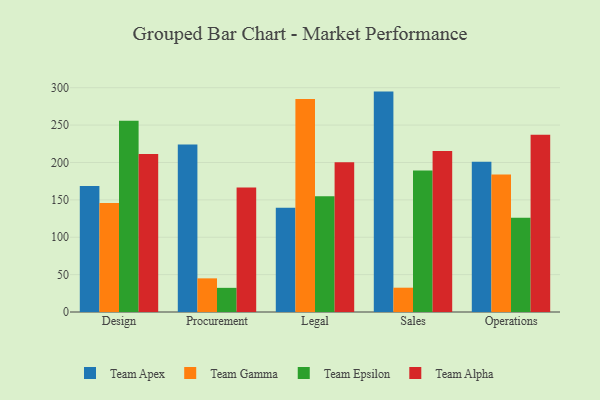
{"axis": {"x": "Department", "y": "Satisfaction Score"}, "legend": ["Team Alpha", "Team Apex", "Team Epsilon", "Team Gamma"], "data": [{"x": "Design", "y": 168.4, "type": "Team Apex"}, {"x": "Design", "y": 145.7, "type": "Team Gamma"}, {"x": "Design", "y": 255.8, "type": "Team Epsilon"}, {"x": "Design", "y": 211.2, "type": "Team Alpha"}, {"x": "Procurement", "y": 224.2, "type": "Team Apex"}, {"x": "Procurement", "y": 45.0, "type": "Team Gamma"}, {"x": "Procurement", "y": 32.3, "type": "Team Epsilon"}, {"x": "Procurement", "y": 166.5, "type": "Team Alpha"}, {"x": "Legal", "y": 139.5, "type": "Team Apex"}, {"x": "Legal", "y": 285.0, "type": "Team Gamma"}, {"x": "Legal", "y": 154.9, "type": "Team Epsilon"}, {"x": "Legal", "y": 200.4, "type": "Team Alpha"}, {"x": "Sales", "y": 294.8, "type": "Team Apex"}, {"x": "Sales", "y": 32.5, "type": "Team Gamma"}, {"x": "Sales", "y": 189.1, "type": "Team Epsilon"}, {"x": "Sales", "y": 215.4, "type": "Team Alpha"}, {"x": "Operations", "y": 200.9, "type": "Team Apex"}, {"x": "Operations", "y": 183.9, "type": "Team Gamma"}, {"x": "Operations", "y": 126.1, "type": "Team Epsilon"}, {"x": "Operations", "y": 237.2, "type": "Team Alpha"}]}